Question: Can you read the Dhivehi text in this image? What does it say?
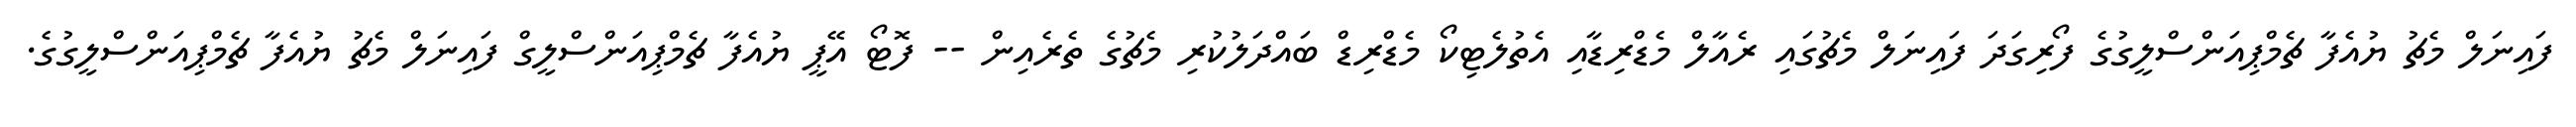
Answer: ފައިނަލް މެޗު ޔުއެފާ ޗެމްޕިއަންސްލީގުގެ ފޯރިގަދަ ފައިނަލް މެޗުގައި ރެއާލް މެޑްރިޑާއި އެތުލެޓިކޯ މެޑްރިޑް ބައްދަލުކުރި މެޗުގެ ތެރެއިން -- ފޮޓޯ އޭޕީ ޔުއެފާ ޗެމްޕިއަންސްލީގް ފައިނަލް މެޗު ޔުއެފާ ޗެމްޕިއަންސްލީގުގެ.